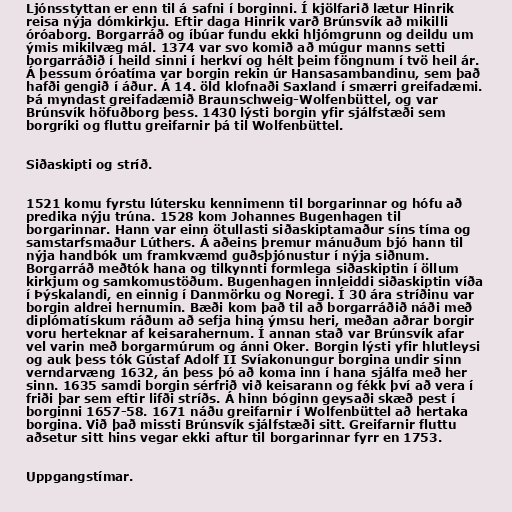
Ljónsstyttan er enn til á safni í borginni. Í kjölfarið lætur Hinrik
reisa nýja dómkirkju. Eftir daga Hinrik varð Brúnsvík að mikilli
óróaborg. Borgarráð og íbúar fundu ekki hljómgrunn og deildu um
ýmis mikilvæg mál. 1374 var svo komið að múgur manns setti
borgarráðið í heild sinni í herkví og hélt þeim föngnum í tvö heil ár.
Á þessum óróatíma var borgin rekin úr Hansasambandinu, sem það
hafði gengið í áður. Á 14. öld klofnaði Saxland í smærri greifadæmi.
Þá myndast greifadæmið Braunschweig-Wolfenbüttel, og var
Brúnsvík höfuðborg þess. 1430 lýsti borgin yfir sjálfstæði sem
borgríki og fluttu greifarnir þá til Wolfenbüttel.

Siðaskipti og stríð.

1521 komu fyrstu lútersku kennimenn til borgarinnar og hófu að
predika nýju trúna. 1528 kom Johannes Bugenhagen til
borgarinnar. Hann var einn ötullasti siðaskiptamaður síns tíma og
samstarfsmaður Lúthers. Á aðeins þremur mánuðum bjó hann til
nýja handbók um framkvæmd guðsþjónustur í nýja siðnum.
Borgarráð meðtók hana og tilkynnti formlega siðaskiptin í öllum
kirkjum og samkomustöðum. Bugenhagen innleiddi siðaskiptin víða
í Þýskalandi, en einnig í Danmörku og Noregi. Í 30 ára stríðinu var
borgin aldrei hernumin. Bæði kom það til að borgarráðið náði með
diplómatískum ráðum að sefja hina ýmsu heri, meðan aðrar borgir
voru herteknar af keisarahernum. Í annan stað var Brúnsvík afar
vel varin með borgarmúrum og ánni Oker. Borgin lýsti yfir hlutleysi
og auk þess tók Gústaf Adolf II Svíakonungur borgina undir sinn
verndarvæng 1632, án þess þó að koma inn í hana sjálfa með her
sinn. 1635 samdi borgin sérfrið við keisarann og fékk því að vera í
friði þar sem eftir lifði stríðs. Á hinn bóginn geysaði skæð pest í
borginni 1657-58. 1671 náðu greifarnir í Wolfenbüttel að hertaka
borgina. Við það missti Brúnsvík sjálfstæði sitt. Greifarnir fluttu
aðsetur sitt hins vegar ekki aftur til borgarinnar fyrr en 1753.

Uppgangstímar.